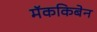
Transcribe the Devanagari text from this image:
मॅककिबेन